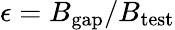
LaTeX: \epsilon=B_{\mathrm{gap}}/B_{\mathrm{test}}